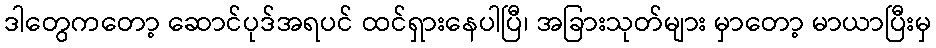
ဒါတွေကတော့ ဆောင်ပုဒ်အရပင် ထင်ရှားနေပါပြီ၊ အခြားသုတ်များ မှာတော့ မာယာပြီးမှ